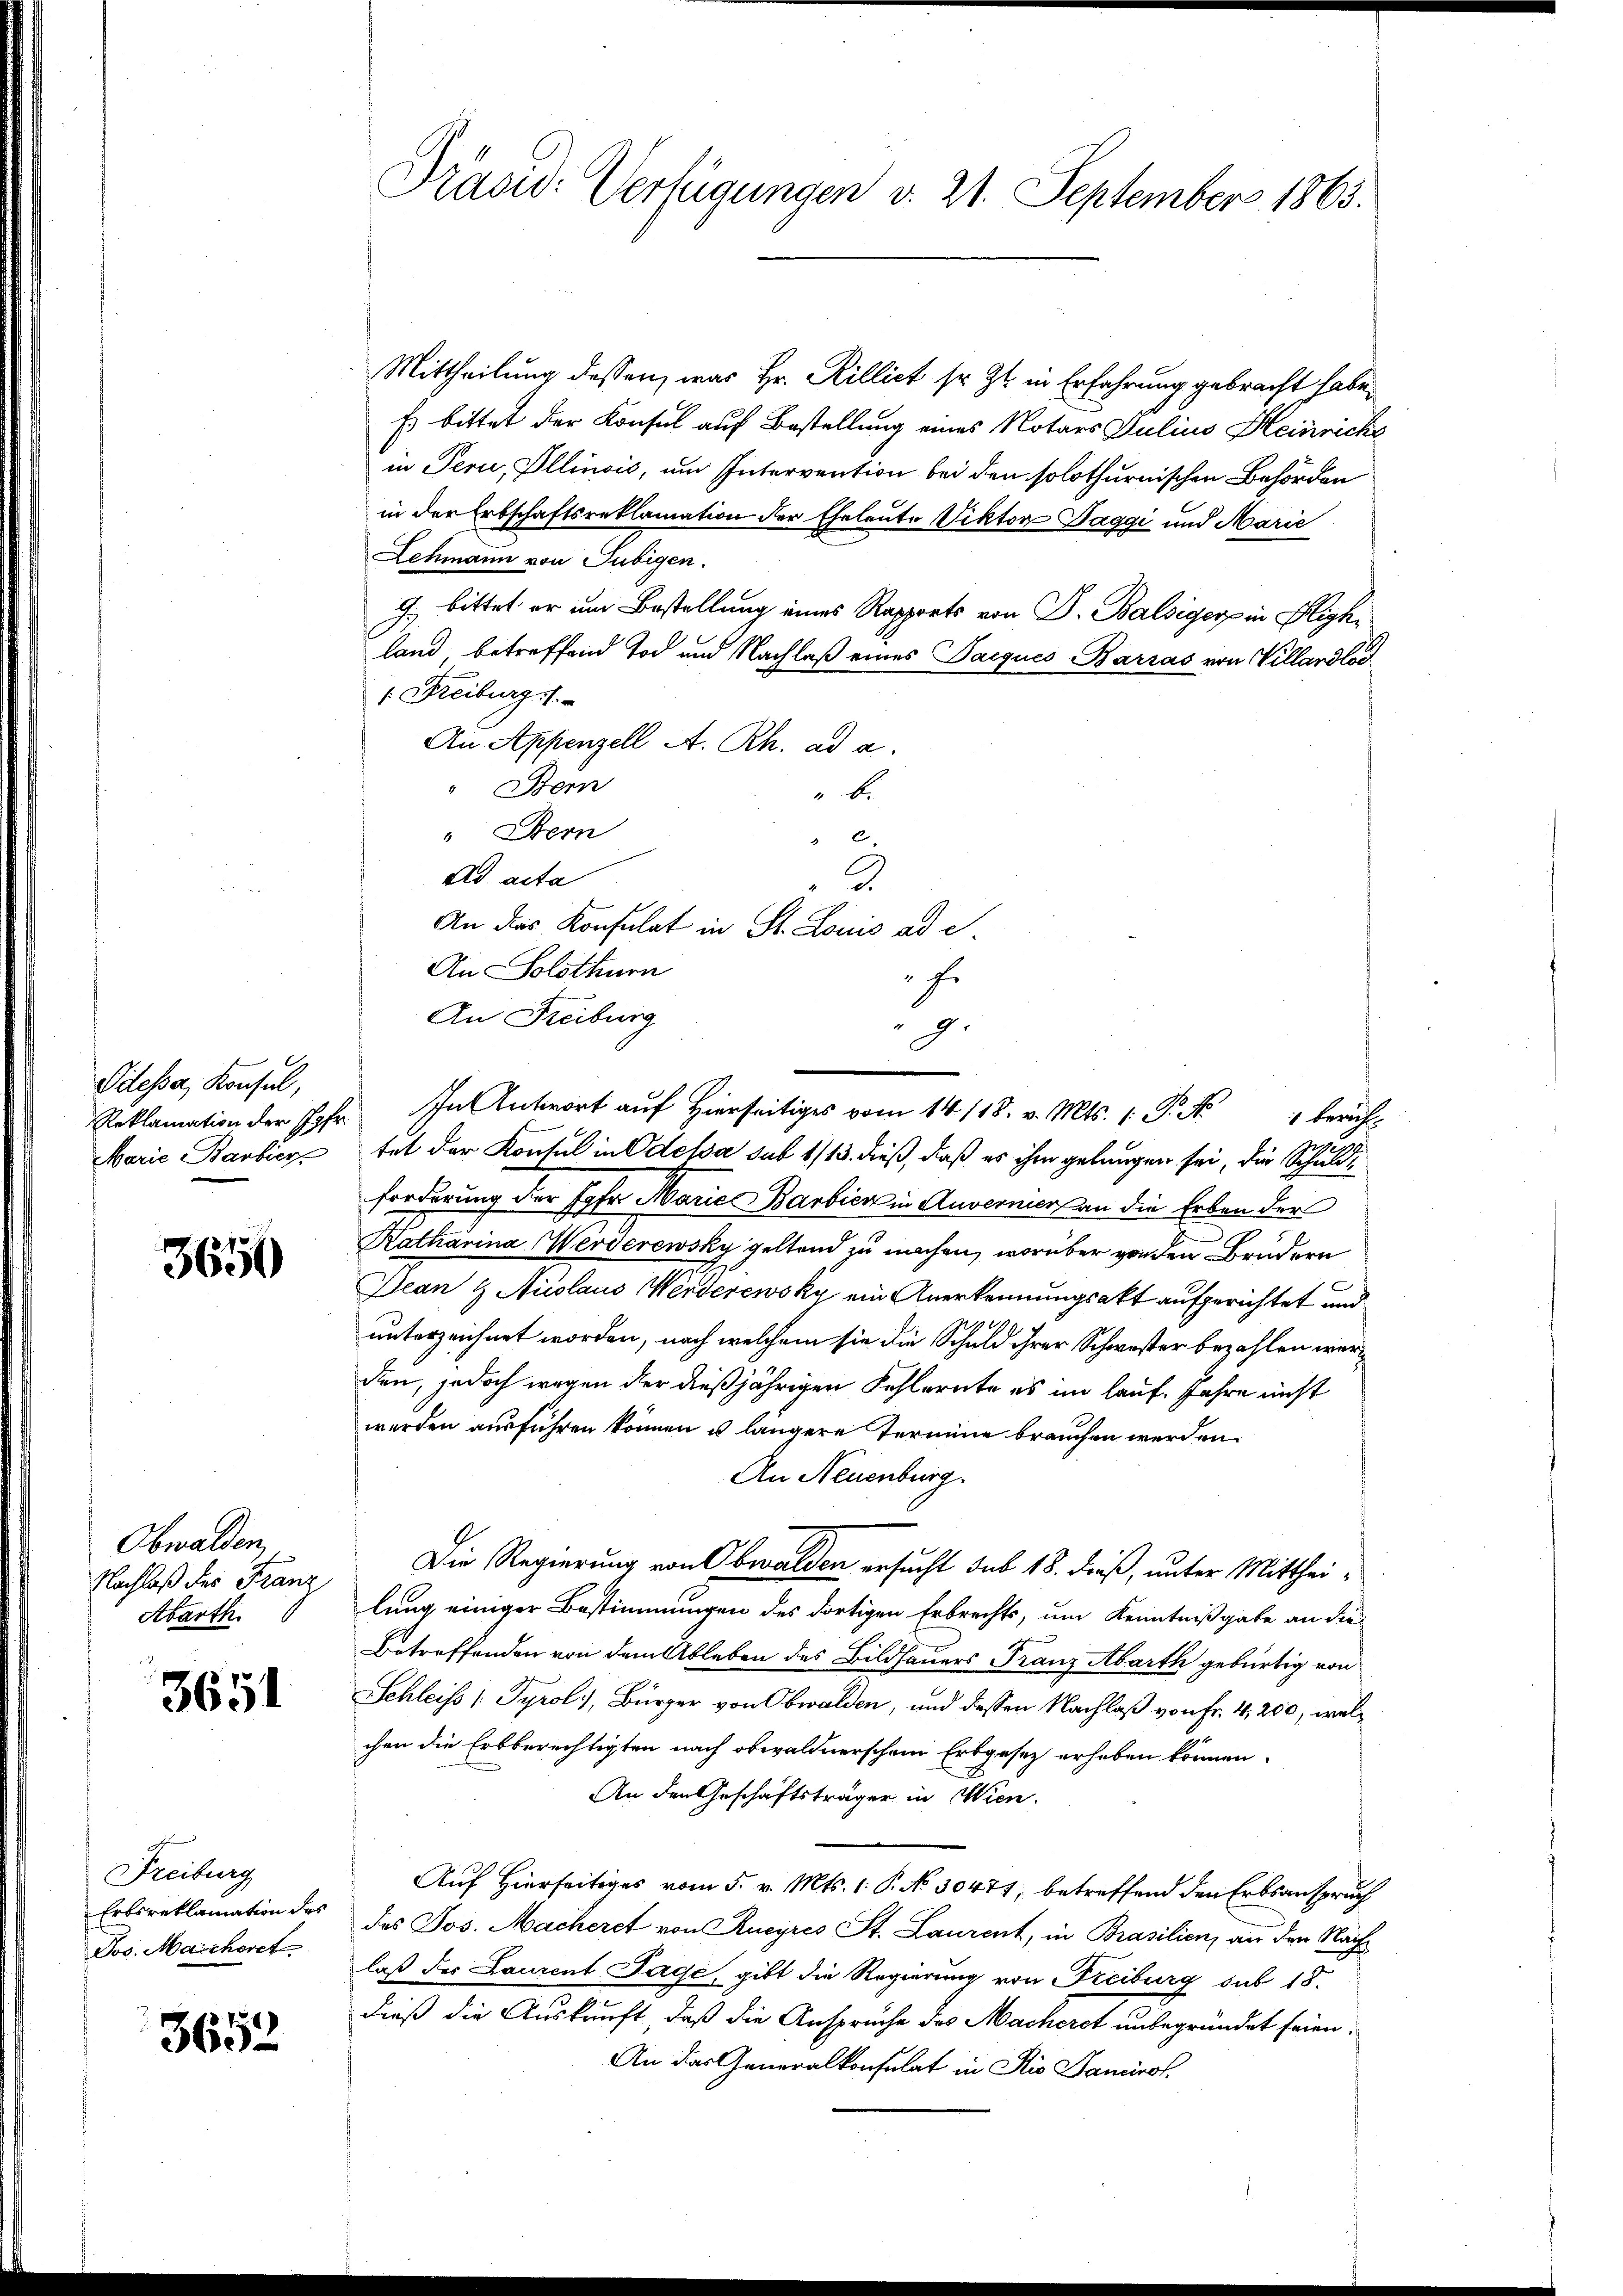
Odessa, Konsul,
Reklamation der Jgfr.
Marie Barbier

3650

Obwalden,
Nachlaß des Franz
Abarth.

3651

Freiburg
Ertsreklamation des
Jos. Maicheret

3652

Präsid: Verfügungen v. 21. September 1863.

Mittheilung dessen, was Hr. Rillict sr. Zt. in Erfahrung gebracht habe,
Es bittet der Konsul auf Bestellung eines Notars Julius Heinriche
in Peri, Ollinois, um Intervention bei den solothurnischen Behörden
in der Erbschaftsreklamation der Eheleute Viktor Paggi und Marie
Lehmann von Tubigen.
9. bittet er um Bestellung eines Rapports von Dr. Balsiger in Highland betreffend Tod und Nachlaß eines Taiques Barzas von Villandlos
 Freiburg 1.
An Appenzell A. Rh. ad a.
" Bern
" b.
" Bern
.
Ad acta
3
An das Konsulat in St. Louis ad e.
An Solothurn
f.
An Freiburg
g.
tet der Konsul in Odessa sub 1/13. dieß, daß es ihm gelangen sei, die Schuldforderung der Jgfr. Marie Barbien in Anvermier an die Erben der
Katharina Werverewsky geltend zu machen, worüber von den Brudern
Dean & Auslaus Werderewsky ein Anerkennungsakt aufgerichtet und
6
unterzeichnet worden, nach welchem sie die Schuld ihrer Schwester bezahlen werden, jedoch wegen der dießjährigen Fehlernte es im lauf Jahre nicht
werden ausführen können u. längere Termine brauchen werden.
An Neuenburg.
Die Regierung von Obwalden ersucht sub 18. dieß, unter Mittheilung einiger Bestimmungen des dortigen Erbrechts, um Kenntnißgabe an die
1
Betreffenden von dem Ableben des Bildhauers Franz Abarth gebürtig von
Schleiß [Tyrol, Bürger von Obwalden, und dessen Nachlaß von Fr. 4,200, welchen die Erbberechtigten nach obwaldnerschem Erbgesez erhoben können.
An den Geschäftsträger in Wien.
Auf Hierseitiges vom 5. v. Mts. 1. P. No. 30471, betreffend den Erbsanspruch
des Jos. Macheret von Rueyres St. Laurent, in Brasilien, an den Nachlaß der Laurent Jage, gibt die Regierung von Freiburg sub 18.
dieß die Auskunft, daß die Anspruche des Macherst unbegründet seien.
An das Generalkonsulat in Rio Sanciret

In Antwort auf hierseitig vom 14/18. v. Mts. P. Nr. 1 berich¬